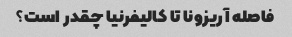
فاصله آریزونا تا کالیفرنیا چقدر است؟